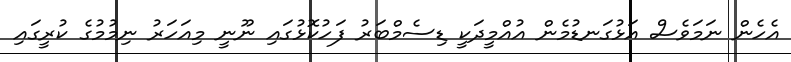
އެހެން ނަމަވެސް އަޅުގަނޑުމެން އުއްމީދަކީ ޑިސެމްބަރު ފަހުކޮޅުގައި ނޫނީ މިއަހަރު ނިމުމުގެ ކުރީގައި